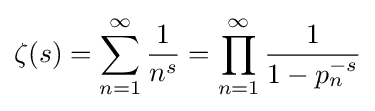
\zeta (s)=\sum _{n=1}^{\infty }{\frac {1}{n^{s}}}=\prod _{n=1}^{\infty }{\frac {1}{1-p_{n}^{-s}}}